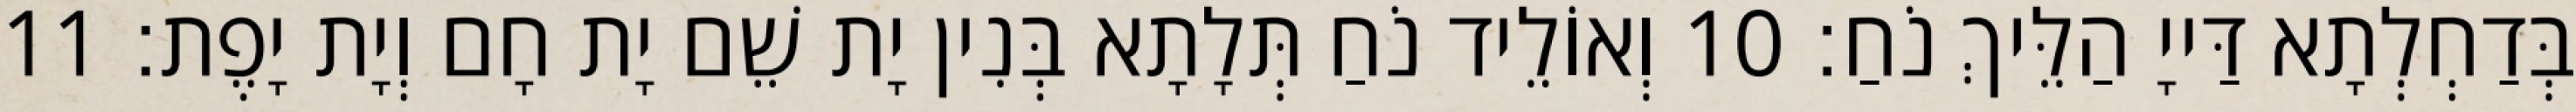
בְּדַחְלְתָא דַּייָ הַלֵּיךְ נֹחַ׃ 10 וְאוֹלֵיד נֹחַ תְּלָתָא בְּנִין יָת שֵׁם יָת חָם וְיָת יָפֶת׃ 11